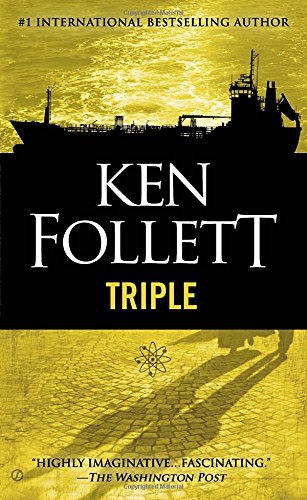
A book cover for Triple; Ken Follett; Mystery, Thriller & Suspense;